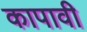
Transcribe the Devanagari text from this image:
कापावी